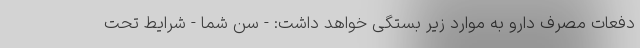
دفعات مصرف دارو به موارد زیر بستگی خواهد داشت: - سن شما - شرایط تحت